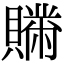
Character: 𧸅